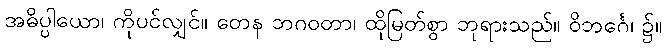
အဓိပ္ပါယော၊ ကိုပင်လျှင်။ တေန ဘဂဝတာ၊ ထိုမြတ်စွာ ဘုရားသည်။ ဝိဘင်္ဂေ၊ ၌။